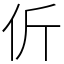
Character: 伒